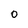
Character: 0